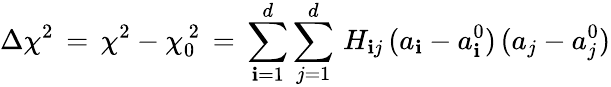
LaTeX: \Delta\chi^{2}\, =\, \chi^{2}-\chi_{0}^{\, 2}\, =\, \sum_{\mathbf{i}=1}^{d}\sum_{j=1}^{d}\, H_{\mathbf{i}j}\, (a_{\mathbf{i}}-a_{\mathbf{i}}^{0})\, (a_{j}-a_{j}^{0})